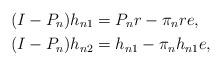
LaTeX: \begin{align*}(I-P_n)h_{n1} & =P_nr - \pi_n r e, \\(I-P_n)h_{n2} & =h_{n1} - \pi_n h_{n1} e, \end{align*}